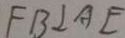
F B \bot A E